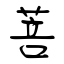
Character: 菩